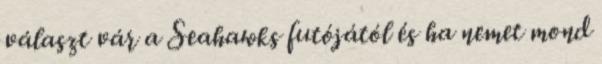
választ vár a Seahawks futójától és ha nemet mond